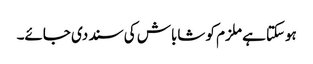
ہوسکتا ہے ملزم کو شاباش کی سند دی جائے۔